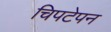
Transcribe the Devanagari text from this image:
चिपटेपन